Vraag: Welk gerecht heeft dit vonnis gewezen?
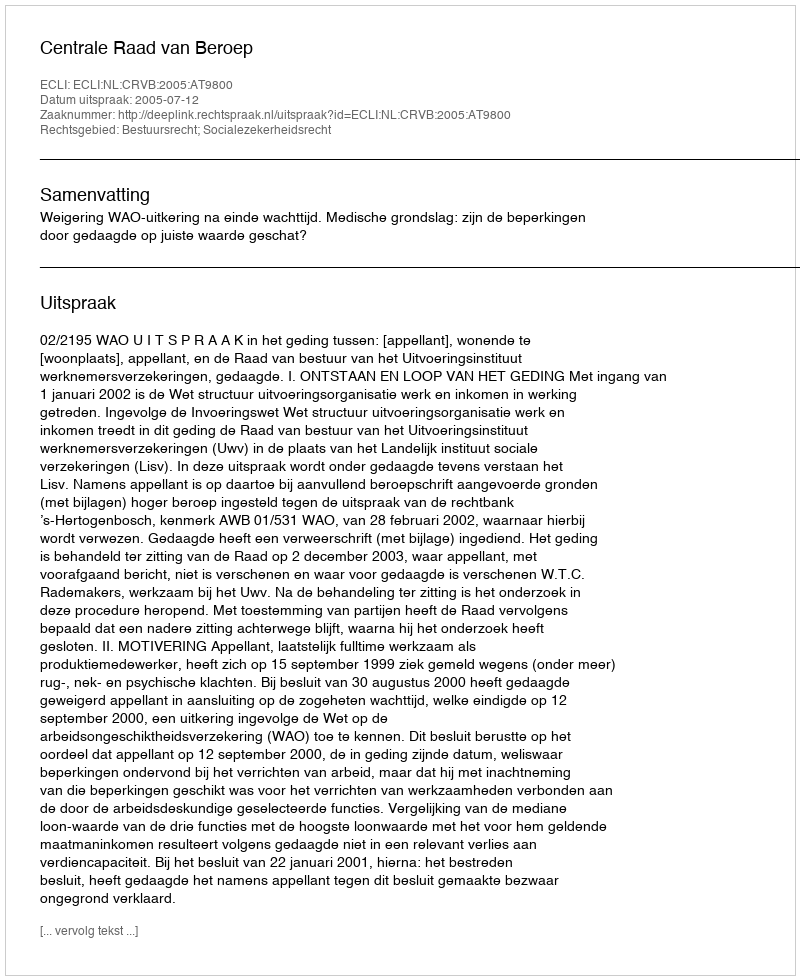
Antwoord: Centrale Raad van Beroep